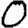
Digit: 0